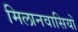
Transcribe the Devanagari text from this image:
मिलानवासियों